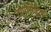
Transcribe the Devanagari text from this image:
टोपोसेंट्रिक